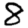
Digit: 8